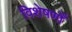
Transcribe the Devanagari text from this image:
विशेषणोँ